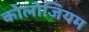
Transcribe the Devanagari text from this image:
कोलोजियम